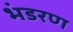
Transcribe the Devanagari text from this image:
भंडरण